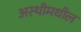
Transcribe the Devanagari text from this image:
अस्थीमधील